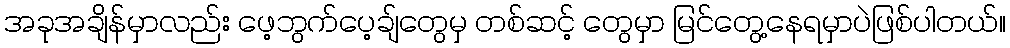
အခုအချိန်မှာလည်း ဖေ့ဘွက်ပေ့ချ်တွေမှ တစ်ဆင့် တွေမှာ မြင်တွေ့နေရမှာပဲဖြစ်ပါတယ်။